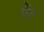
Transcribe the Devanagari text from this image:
वेंत